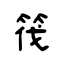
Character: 筏